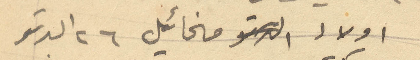
اولاد مخائيل 26 البرتو